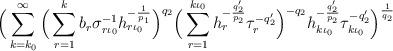
LaTeX: \begin{align*}\Big(\sum_{k=k_0}^\infty \Big(\sum_{r=1}^k b_r \sigma_{r \iota_0}^{-1} h_{r\iota_0}^{-\frac{1}{p_1}}\Big)^{q_2} \Big(\sum_{r=1}^{k\iota_0} h_r^{-\frac{q_2'}{p_2}} \tau_r^{-q_2'}\Big)^{-q_2} h_{k\iota_0}^{-\frac{q_2'}{p_2}} \tau_{k\iota_0 }^{-q_2'} \Big)^{\frac{1}{q_2}}\end{align*}